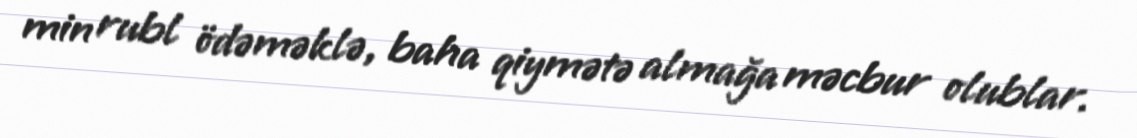
min rubl ödəməklə, baha qiymətə almağa məcbur olublar.